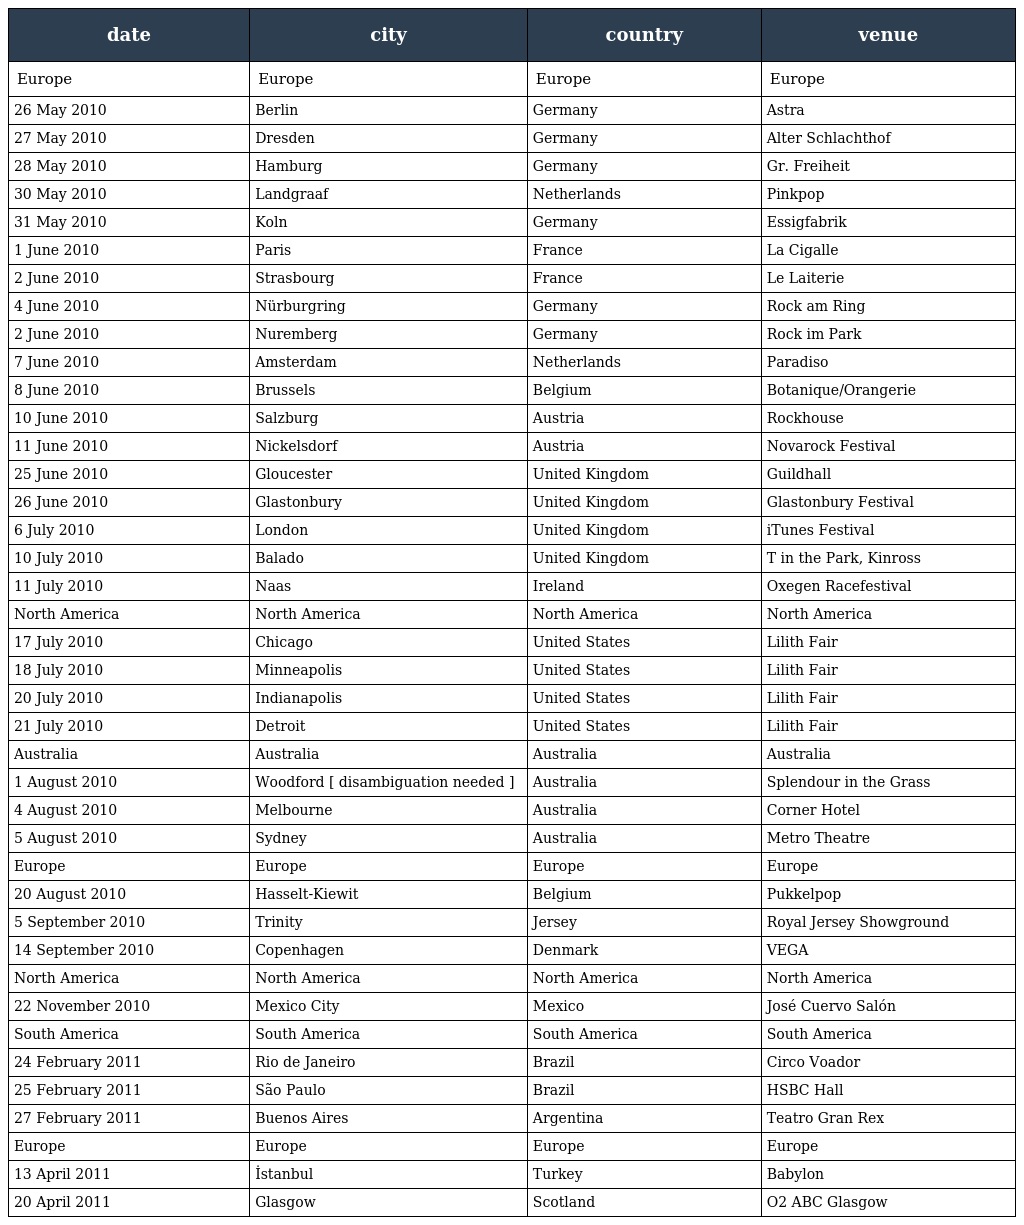
| date | city | country | venue |
 | --- | --- | --- | --- |
 | Europe | Europe | Europe | Europe |
 | 26 May 2010 | Berlin | Germany | Astra |
 | 27 May 2010 | Dresden | Germany | Alter Schlachthof |
 | 28 May 2010 | Hamburg | Germany | Gr. Freiheit |
 | 30 May 2010 | Landgraaf | Netherlands | Pinkpop |
 | 31 May 2010 | Koln | Germany | Essigfabrik |
 | 1 June 2010 | Paris | France | La Cigalle |
 | 2 June 2010 | Strasbourg | France | Le Laiterie |
 | 4 June 2010 | Nürburgring | Germany | Rock am Ring |
 | 2 June 2010 | Nuremberg | Germany | Rock im Park |
 | 7 June 2010 | Amsterdam | Netherlands | Paradiso |
 | 8 June 2010 | Brussels | Belgium | Botanique/Orangerie |
 | 10 June 2010 | Salzburg | Austria | Rockhouse |
 | 11 June 2010 | Nickelsdorf | Austria | Novarock Festival |
 | 25 June 2010 | Gloucester | United Kingdom | Guildhall |
 | 26 June 2010 | Glastonbury | United Kingdom | Glastonbury Festival |
 | 6 July 2010 | London | United Kingdom | iTunes Festival |
 | 10 July 2010 | Balado | United Kingdom | T in the Park, Kinross |
 | 11 July 2010 | Naas | Ireland | Oxegen Racefestival |
 | North America | North America | North America | North America |
 | 17 July 2010 | Chicago | United States | Lilith Fair |
 | 18 July 2010 | Minneapolis | United States | Lilith Fair |
 | 20 July 2010 | Indianapolis | United States | Lilith Fair |
 | 21 July 2010 | Detroit | United States | Lilith Fair |
 | Australia | Australia | Australia | Australia |
 | 1 August 2010 | Woodford [ disambiguation needed ] | Australia | Splendour in the Grass |
 | 4 August 2010 | Melbourne | Australia | Corner Hotel |
 | 5 August 2010 | Sydney | Australia | Metro Theatre |
 | Europe | Europe | Europe | Europe |
 | 20 August 2010 | Hasselt-Kiewit | Belgium | Pukkelpop |
 | 5 September 2010 | Trinity | Jersey | Royal Jersey Showground |
 | 14 September 2010 | Copenhagen | Denmark | VEGA |
 | North America | North America | North America | North America |
 | 22 November 2010 | Mexico City | Mexico | José Cuervo Salón |
 | South America | South America | South America | South America |
 | 24 February 2011 | Rio de Janeiro | Brazil | Circo Voador |
 | 25 February 2011 | São Paulo | Brazil | HSBC Hall |
 | 27 February 2011 | Buenos Aires | Argentina | Teatro Gran Rex |
 | Europe | Europe | Europe | Europe |
 | 13 April 2011 | İstanbul | Turkey | Babylon |
 | 20 April 2011 | Glasgow | Scotland | O2 ABC Glasgow |